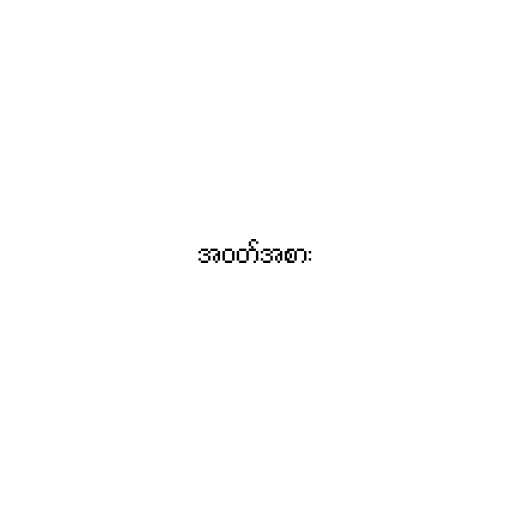
အဝတ်အစား